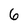
Character: 6